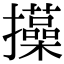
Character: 㩰